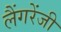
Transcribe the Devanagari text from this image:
लैंगरेंजी